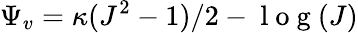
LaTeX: \Psi_{v}=\kappa(J^{2}-1)/2-\mathrm{~l~o~g~}(J)